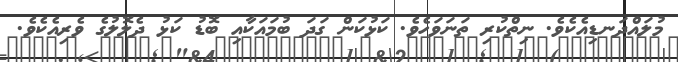
މުލައްދަނޑިއެކެވެ. ނިތްކުރި ތަނަވަހެވެ. ކަޅުކަން ގަދަ ބުމައަކާއި ބޮޑު ކަޅު ދެލޮލުގެ ވެރިއެކެވެ.